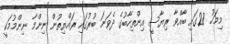
މިމަހު 28ގައި ބާއްވާ ރިޔާސީ އިންތިހާބުގެ ދެވަނަ ބުރުގައި ރައްޔިތުން ނިންމާ ނިންމުމަކީ